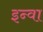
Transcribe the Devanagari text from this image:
इन्वा